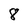
Character: 8